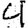
Digit: 4